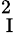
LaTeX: ^2_{\mathrm{~I~}}